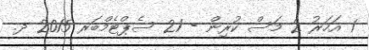
1 އަހަރު 2 މަސް ކުރިން - 21 ސެޕްޓެމްބަރ 2015 ދ.